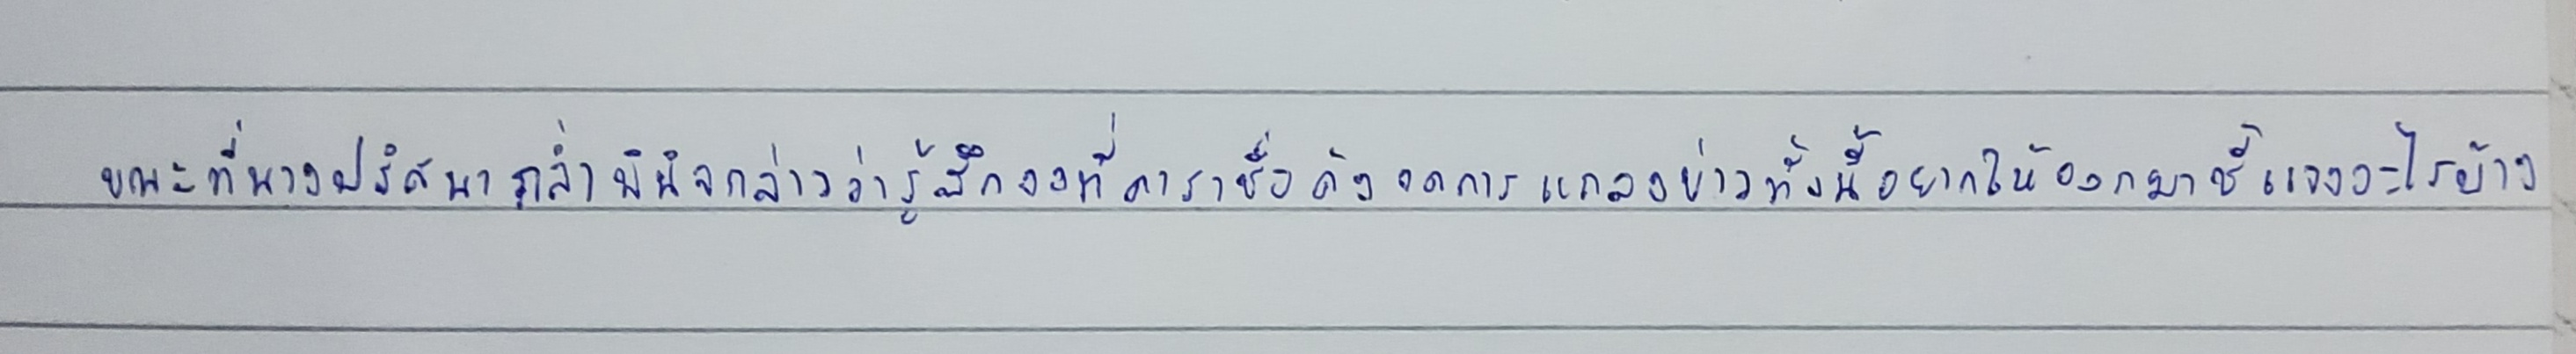
ขณะที่นางปริศนา กล่ำพินิจกล่าวว่ารู้สึกงงที่ดาราชื่อดังงดการแถลงข่าวทั้งนี้อยากให้ออกมาชี้แจงอะไรบ้าง